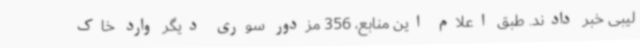
لیبی خبر دادند. طبق اعلام این منابع، 356 مزدور سوری دیگر وارد خاک